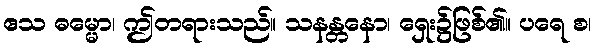
ဧသ ဓမ္မော၊ ဤတရားသည်။ သနန္တနော၊ ရှေး၌ဖြစ်၏။ ပရေ စ၊